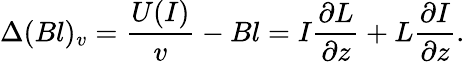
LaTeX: \Delta(Bl)_{v}=\frac{U(I)}{v}-Bl=I\frac{\partial L}{\partial z}+L\frac{\partial I}{\partial z}.